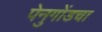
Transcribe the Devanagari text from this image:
पेनुगोंडचा